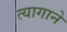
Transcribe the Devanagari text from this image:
त्यागाने